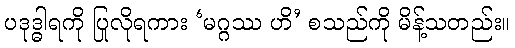
ပဒုဒ္ဓါရကို ပြုလိုရကား ‘မဂ္ဂဿ ဟိ’ စသည်ကို မိန့်သတည်း။